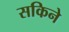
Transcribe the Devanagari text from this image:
सकिने